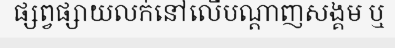
ផ្សព្វផ្សាយលក់នៅលើបណ្តាញសង្គម ឬ